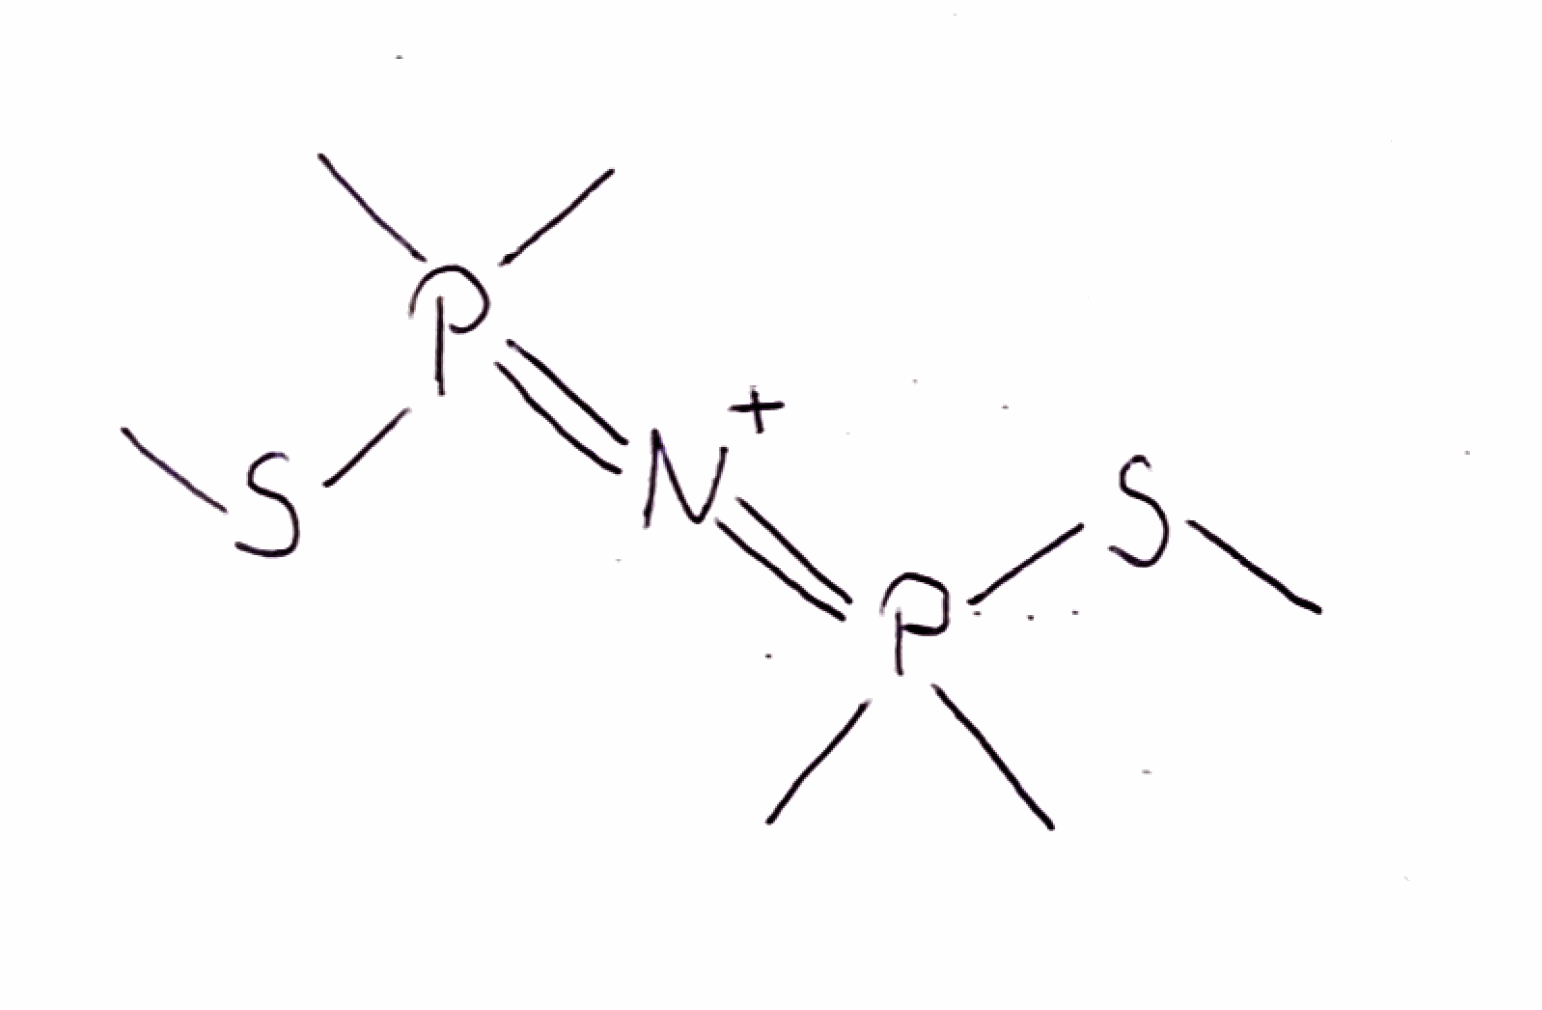
Simplified molecular-input line-entry system (SMILES) notation of the given molecule:
CP(=[N+]=P(C)(C)SC)(C)SC